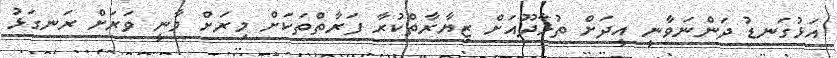
އަޅުގަނޑު ދަންނަވާނީ އީދަށް ތުޅާދޫއަށް ޒިޔާރާތްކުރާ ފަރާތްތަކަށް މިރަށް ވާނީ ވަރަށް ރަނގަޅު